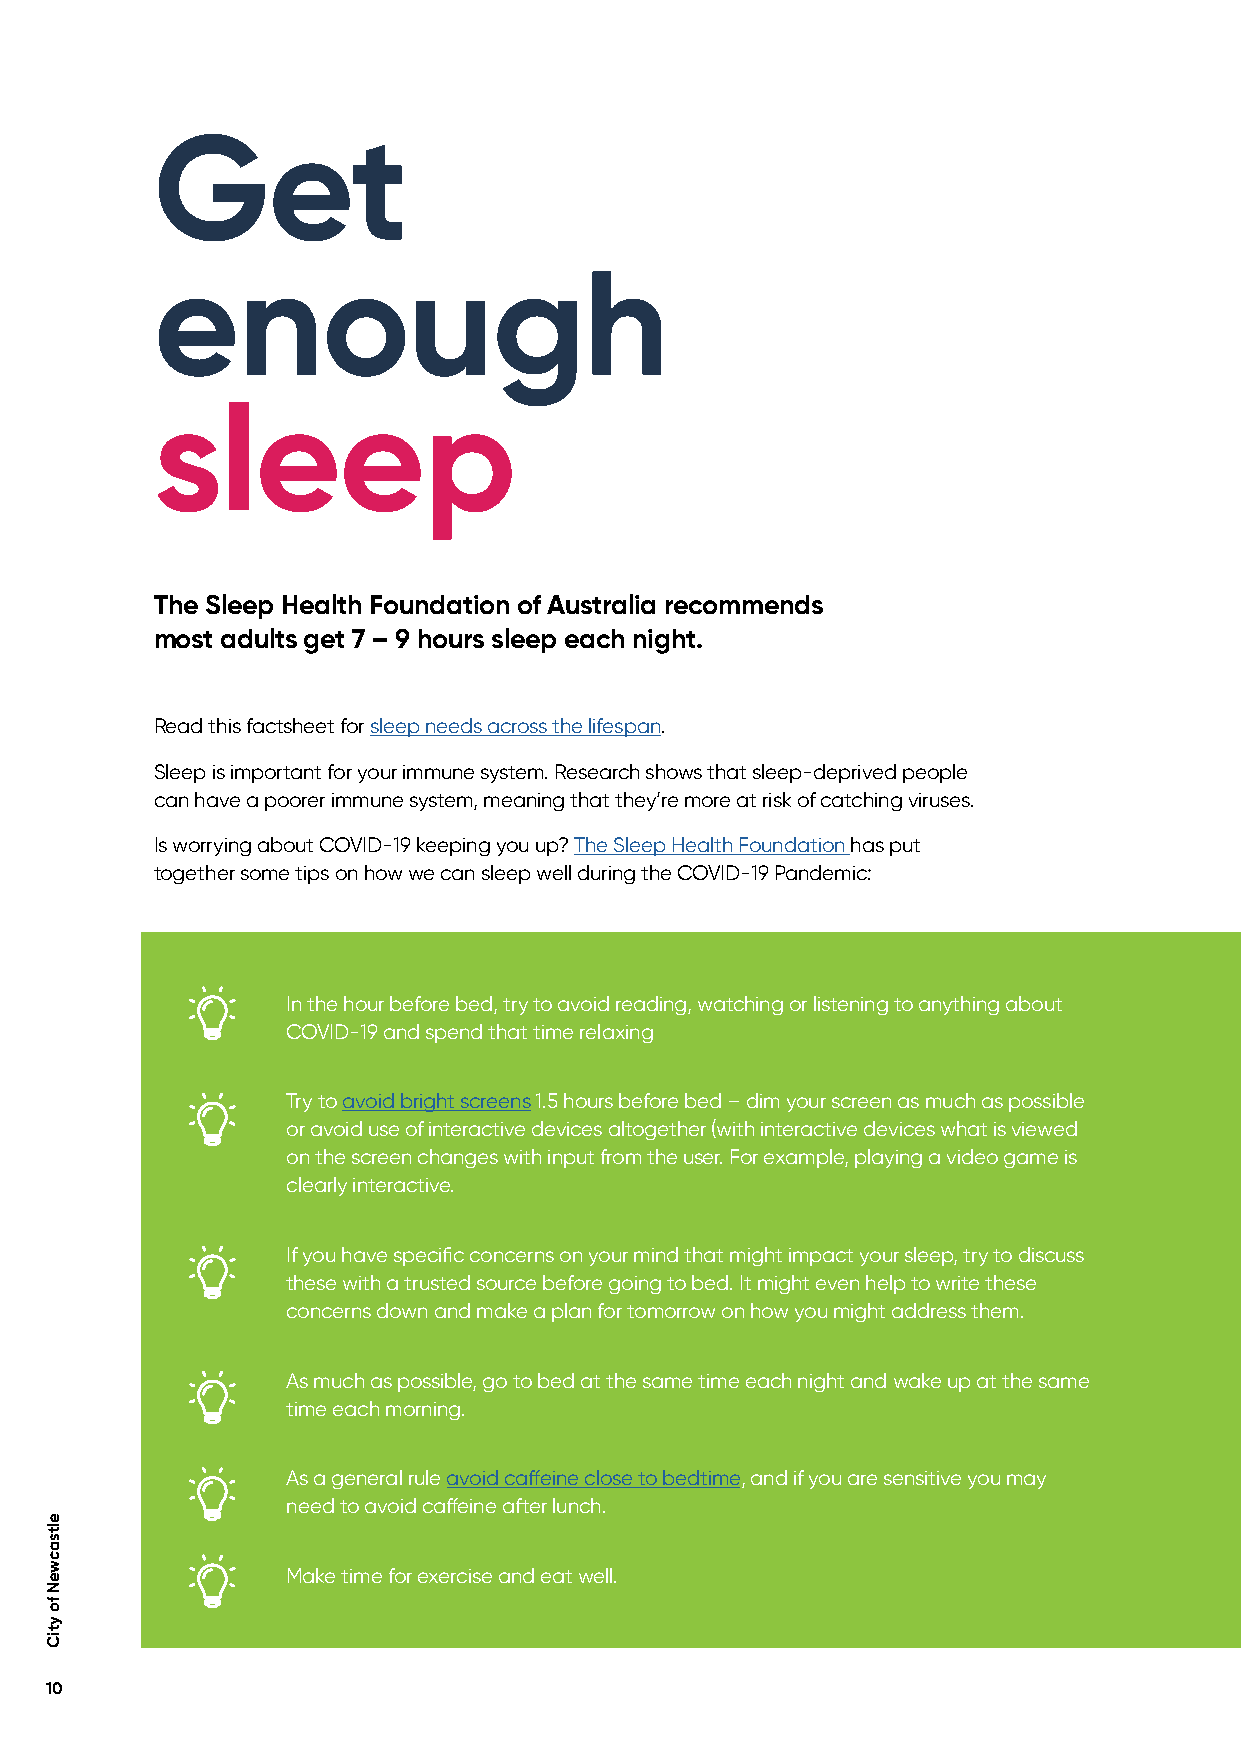
Get
 enough
 sleep
 The Sleep Health Foundation of Australia recommends
 most adults get 7 – 9 hours sleep each night.
 Read this factsheet for sleep needs across the lifespan.
 Sleep is important for your immune system. Research shows that sleep-deprived people
 can have a poorer immune system, meaning that they’re more at risk of catching viruses.
 Is worrying about COVID-19 keeping you up? The Sleep Health Foundation has put
 together some tips on how we can sleep well during the COVID-19 Pandemic:
 In the hour before bed, try to avoid reading, watching or listening to anything about
 COVID-19 and spend that time relaxing
 Try to avoid bright screens 1.5 hours before bed – dim your screen as much as possible
 or avoid use of interactive devices altogether (with interactive devices what is viewed
 on the screen changes with input from the user. For example, playing a video game is
 clearly interactive.
 If you have specific concerns on your mind that might impact your sleep, try to discuss
 these with a trusted source before going to bed. It might even help to write these
 concerns down and make a plan for tomorrow on how you might address them.
 As much as possible, go to bed at the same time each night and wake up at the same
 time each morning.
 As a general rule avoid caffeine close to bedtime, and if you are sensitive you may
 need to avoid caffeine after lunch.
 Make time for exercise and eat well.
 10
 eltsacweN
 fo
 ytiC